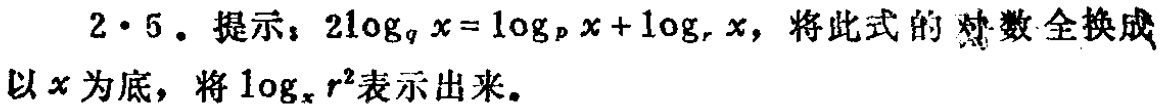
$2 \cdot 5$。提示：$2\log_{q}x = \log_{p}x+\log_{r}x$，将此式的对数全换成以$x$为底，将$\log_{x}r^{2}$表示出来。